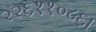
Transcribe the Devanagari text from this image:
२२६११०८६।